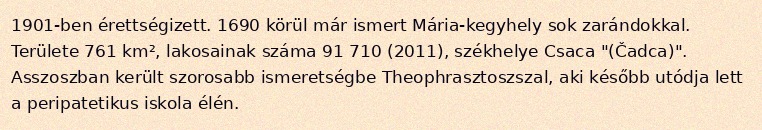
1901-ben érettségizett. 1690 körül már ismert Mária-kegyhely sok zarándokkal. Területe 761 km², lakosainak száma 91 710 (2011), székhelye Csaca "(Čadca)". Asszoszban került szorosabb ismeretségbe Theophrasztoszszal, aki később utódja lett a peripatetikus iskola élén.